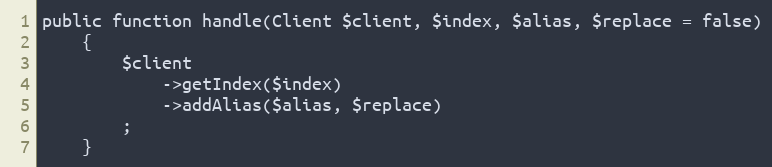
Language: PHP
public function handle(Client $client, $index, $alias, $replace = false)
    {
        $client
            ->getIndex($index)
            ->addAlias($alias, $replace)
        ;
    }